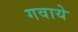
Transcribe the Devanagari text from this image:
गवाये